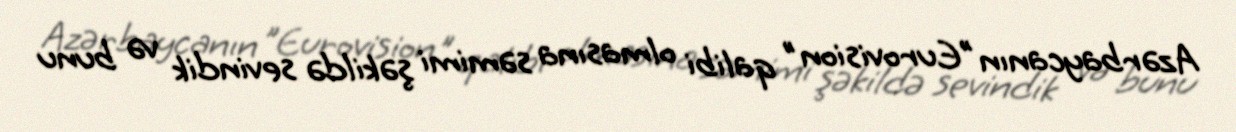
Azərbaycanın ”Eurovision" qalibi olmasına səmimi şəkildə sevindik və bunu